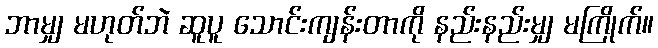
ဘာမျှ မဟုတ်ဘဲ ဆူပူ သောင်းကျန်းတာကို နည်းနည်းမျှ မကြိုက်။